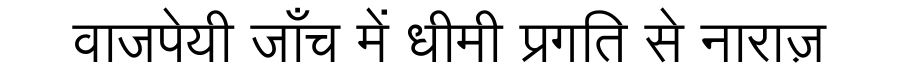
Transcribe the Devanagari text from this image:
वाजपेयी जाँच में धीमी प्रगति से नाराज़